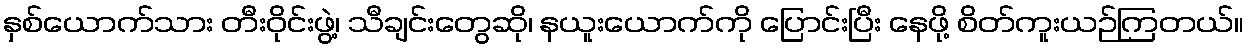
နှစ်ယောက်သား တီးဝိုင်းဖွဲ့၊ သီချင်းတွေဆို၊ နယူးယောက်ကို ပြောင်းပြီး နေဖို့ စိတ်ကူးယဉ်ကြတယ်။